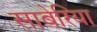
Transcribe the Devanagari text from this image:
साबेरिया